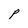
Character: P